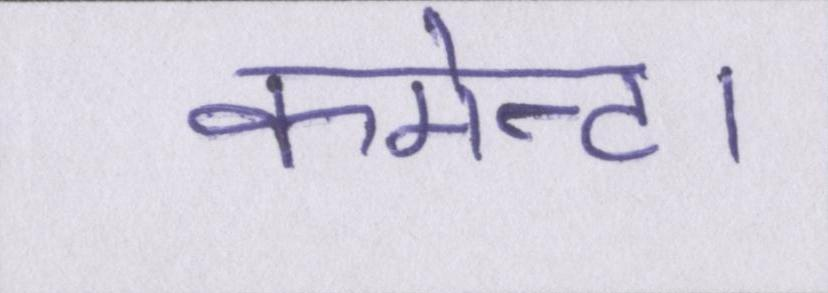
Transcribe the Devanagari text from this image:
कमेन्ट।